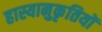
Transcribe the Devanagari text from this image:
हास्यानुकृतियों